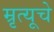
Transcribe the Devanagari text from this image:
म्रृत्यूचे